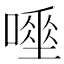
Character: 𠾊